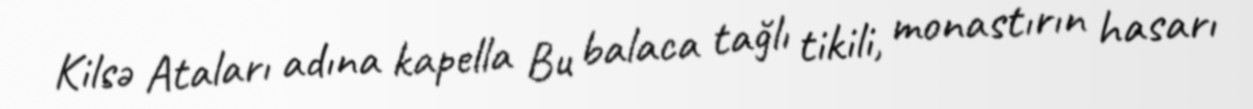
Kilsə Ataları adına kapella Bu balaca tağlı tikili, monastırın hasarı